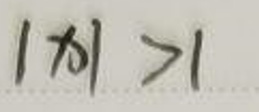
\( | x | > 1 \)